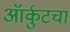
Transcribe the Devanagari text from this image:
ऑर्कुटचा